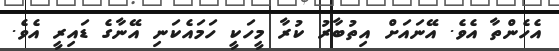
އެހެންތާ އެވެ. އޭނައަށް އިތުބާރު ކުރާ މީހަކީ ހަމައެކަނި އޭނާގެ ޑައިރީ އެވެ.